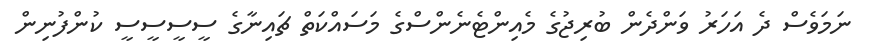
ނަމަވެސް ދެ އަހަރު ވަންދެން ބުރިޖުގެ މެއިންޓެނެންސްގެ މަސައްކަތް ޗައިނާގެ ސީސީސީސީ ކުންފުނިން